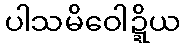
ပါသမိဝေါဍ္ဍိယ